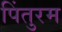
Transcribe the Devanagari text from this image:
पिंतुरम